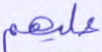
عليهم